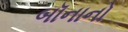
બૉનાનો